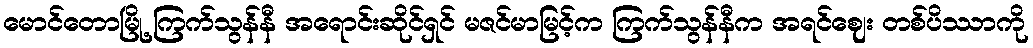
မောင်တောမြို့ ကြက်သွန်နီ အရောင်းဆိုင်ရှင် မဇင်မာမြင့်က ကြက်သွန်နီက အရင်ဈေး တစ်ပိဿာကို